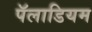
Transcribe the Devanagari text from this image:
पॅलाडियम